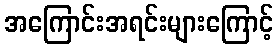
အကြောင်းအရင်းများကြောင့်